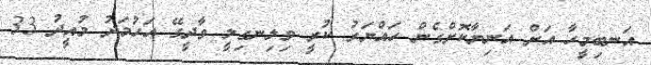
އަނބިމީހާ އަށް އަނިޔާކޮށްގެން ހައްޔަރު ކުރީ ވިލިނގިލީ ވާދީގޭ އަހުމަދު މުއީދު 33